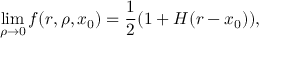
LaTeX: \operatorname * { l i m } _ { \rho \rightarrow 0 } f ( r , \rho , x _ { 0 } ) = { \frac { 1 } { 2 } } ( 1 + H ( r - x _ { 0 } ) ) ,